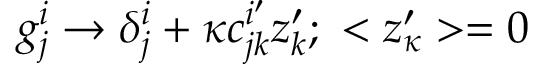
g _ { j } ^ { i } \rightarrow \delta _ { j } ^ { i } + \kappa c _ { j k } ^ { i ^ { \prime } } z _ { k } ^ { \prime } ; ~ < z _ { \kappa } ^ { \prime } > = 0